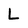
Character: L